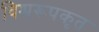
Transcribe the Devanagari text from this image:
विश्वरूपकृत